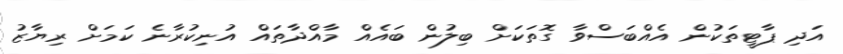
އަދި ޕާޓީތަކުން އެއްބަސްވާ ގޮތަކަށް ބިލުން ބައެއް މާއްދާތައް އުނިކުރާނެ ކަމަށް ރިޔާޒު